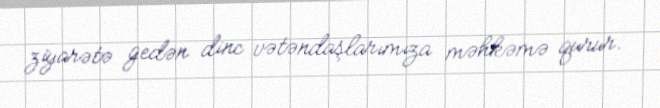
ziyarətə gedən dinc vətəndaşlarımıza məhkəmə qurur.